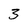
Character: 3